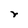
Character: r